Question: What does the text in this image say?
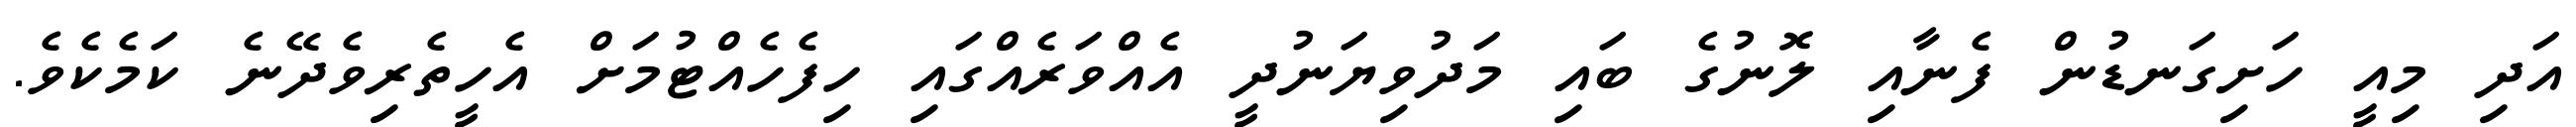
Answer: އަދި މިއީ ހަށިގަނޑުން ފެނާއި ލޮނުގެ ބައި މަދުވިޔަނުދީ އެއްވަރެއްގައި ހިފެހެއްޓުމަށް އެހީތެރިވެދޭނެ ކަމެކެވެ.